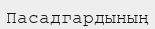
Пасадгардының